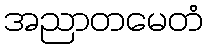
အညာတမေတံ